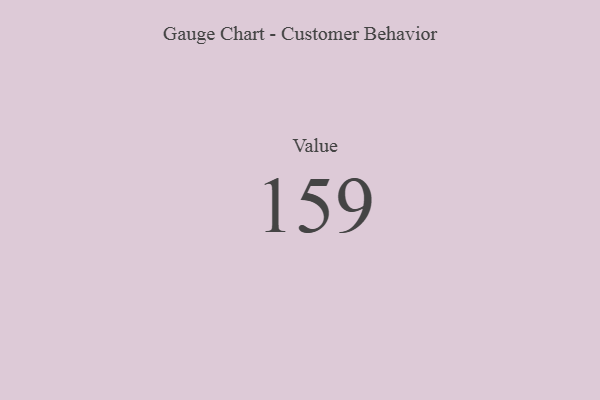
{"axis": {"x": "Metric", "y": "Value"}, "legend": [""], "data": [{"x": "Value", "y": 159, "type": ""}]}